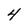
Character: 4